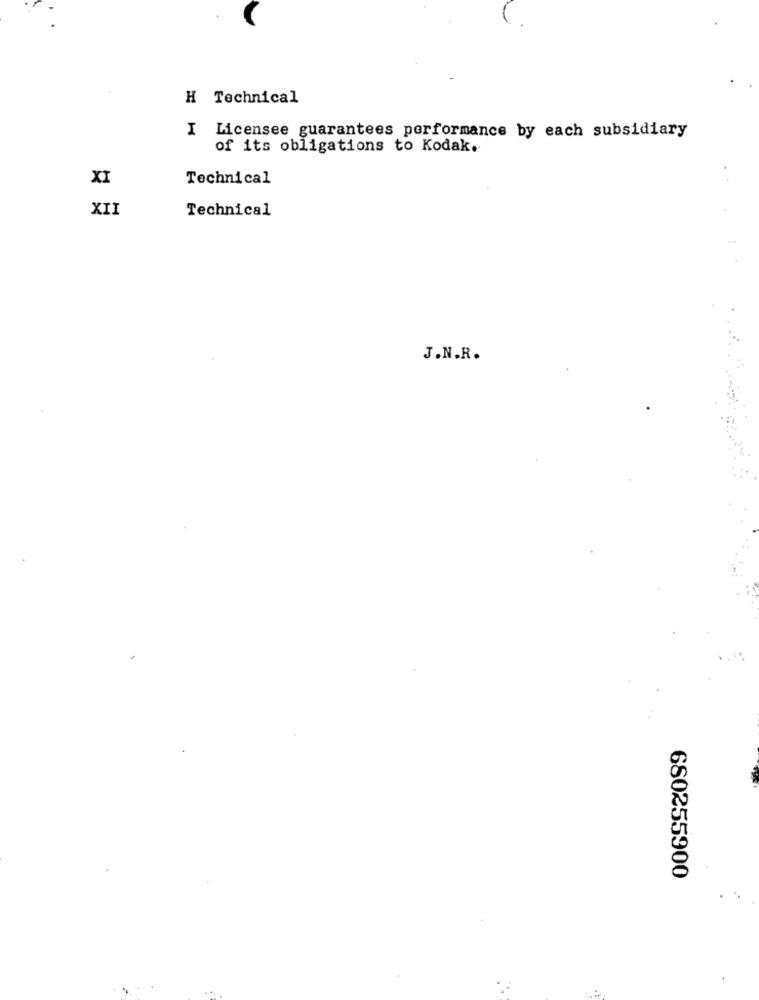
H Technical
I
Licensee guarantees performance by each subsidiary
of its obligations to Kodak.
XI
Technical
XII
Technical
J.N.R.
680255900